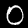
Digit: 0